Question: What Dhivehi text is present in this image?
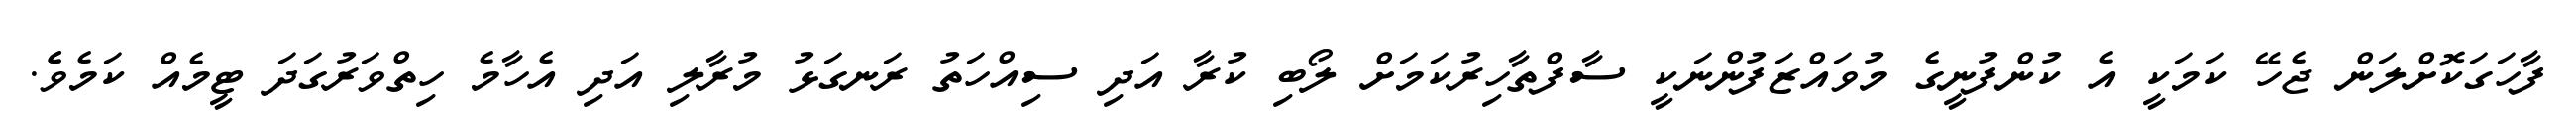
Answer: ފާހަގަކޮށްލަން ޖެހޭ ކަމަކީ އެ ކުންފުނީގެ މުވައްޒަފުންނަކީ ސާފްތާހިރުކަމަށް ލޯބި ކުރާ އަދި ސިއްހަތު ރަނގަޅު މުރާލި އަދި އެހާމެ ހިތްވަރުގަދަ ޓީމެއް ކަމެވެެ.